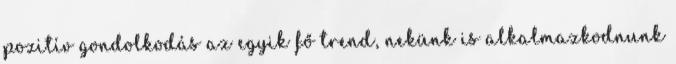
pozitív gondolkodás az egyik fő trend, nekünk is alkalmazkodnunk